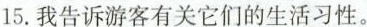
15.我告诉游客有关它们的生活习性。